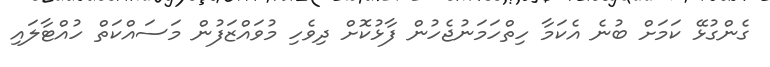
ގެންގުޅޭ ކަމަށް ބުނެ އެކަމާ ހިތްހަމަނުޖެހުން ފާޅުކޮށް ދިވެހި މުވައްޒަފުން މަސައްކަތް ހުއްޓާލައި